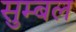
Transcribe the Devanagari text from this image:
सुम्बल